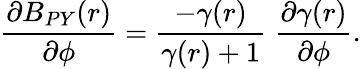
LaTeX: \frac{\partial B_{PY}(r)}{\partial\phi}=\frac{-\gamma(r)}{\gamma(r)+1}\; \frac{\partial\gamma(r)}{\partial\phi}.